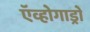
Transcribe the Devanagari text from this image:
ऍव्होगाड्रो